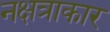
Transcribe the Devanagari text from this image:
नक्षत्राकार